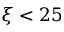
\xi < 2 5